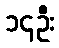
၁၄ဦး